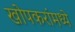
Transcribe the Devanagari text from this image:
खोपकरांमध्ये